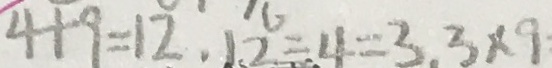
4 + 9 = 1 2 , 1 2 \div 4 = 3 , 3 \times 9